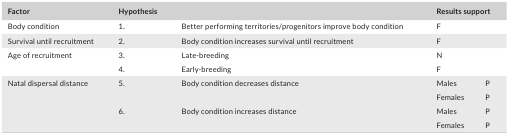
| Factor | Hypothesis |  | <COLSPAN=2> Results support |
 | --- | --- | --- | --- | --- |
 | Body condition | 1. | Better performing territories/progenitors improve body condition | <COLSPAN=2> F |
 | Survival until recruitment | 2. | Body condition increases survival until recruitment | <COLSPAN=2> F |
 | <ROWSPAN=2> Age of recruitment | 3. | Late‐breeding | <COLSPAN=2> N |
 | 4. | Early‐breeding | <COLSPAN=2> F |
 | <ROWSPAN=4> Natal dispersal distance | <ROWSPAN=2> 5. | <ROWSPAN=2> Body condition decreases distance | Males | P |
 | Females | P |
 | <ROWSPAN=2> 6. | <ROWSPAN=2> Body condition increases distance | Males | P |
 | Females | P |